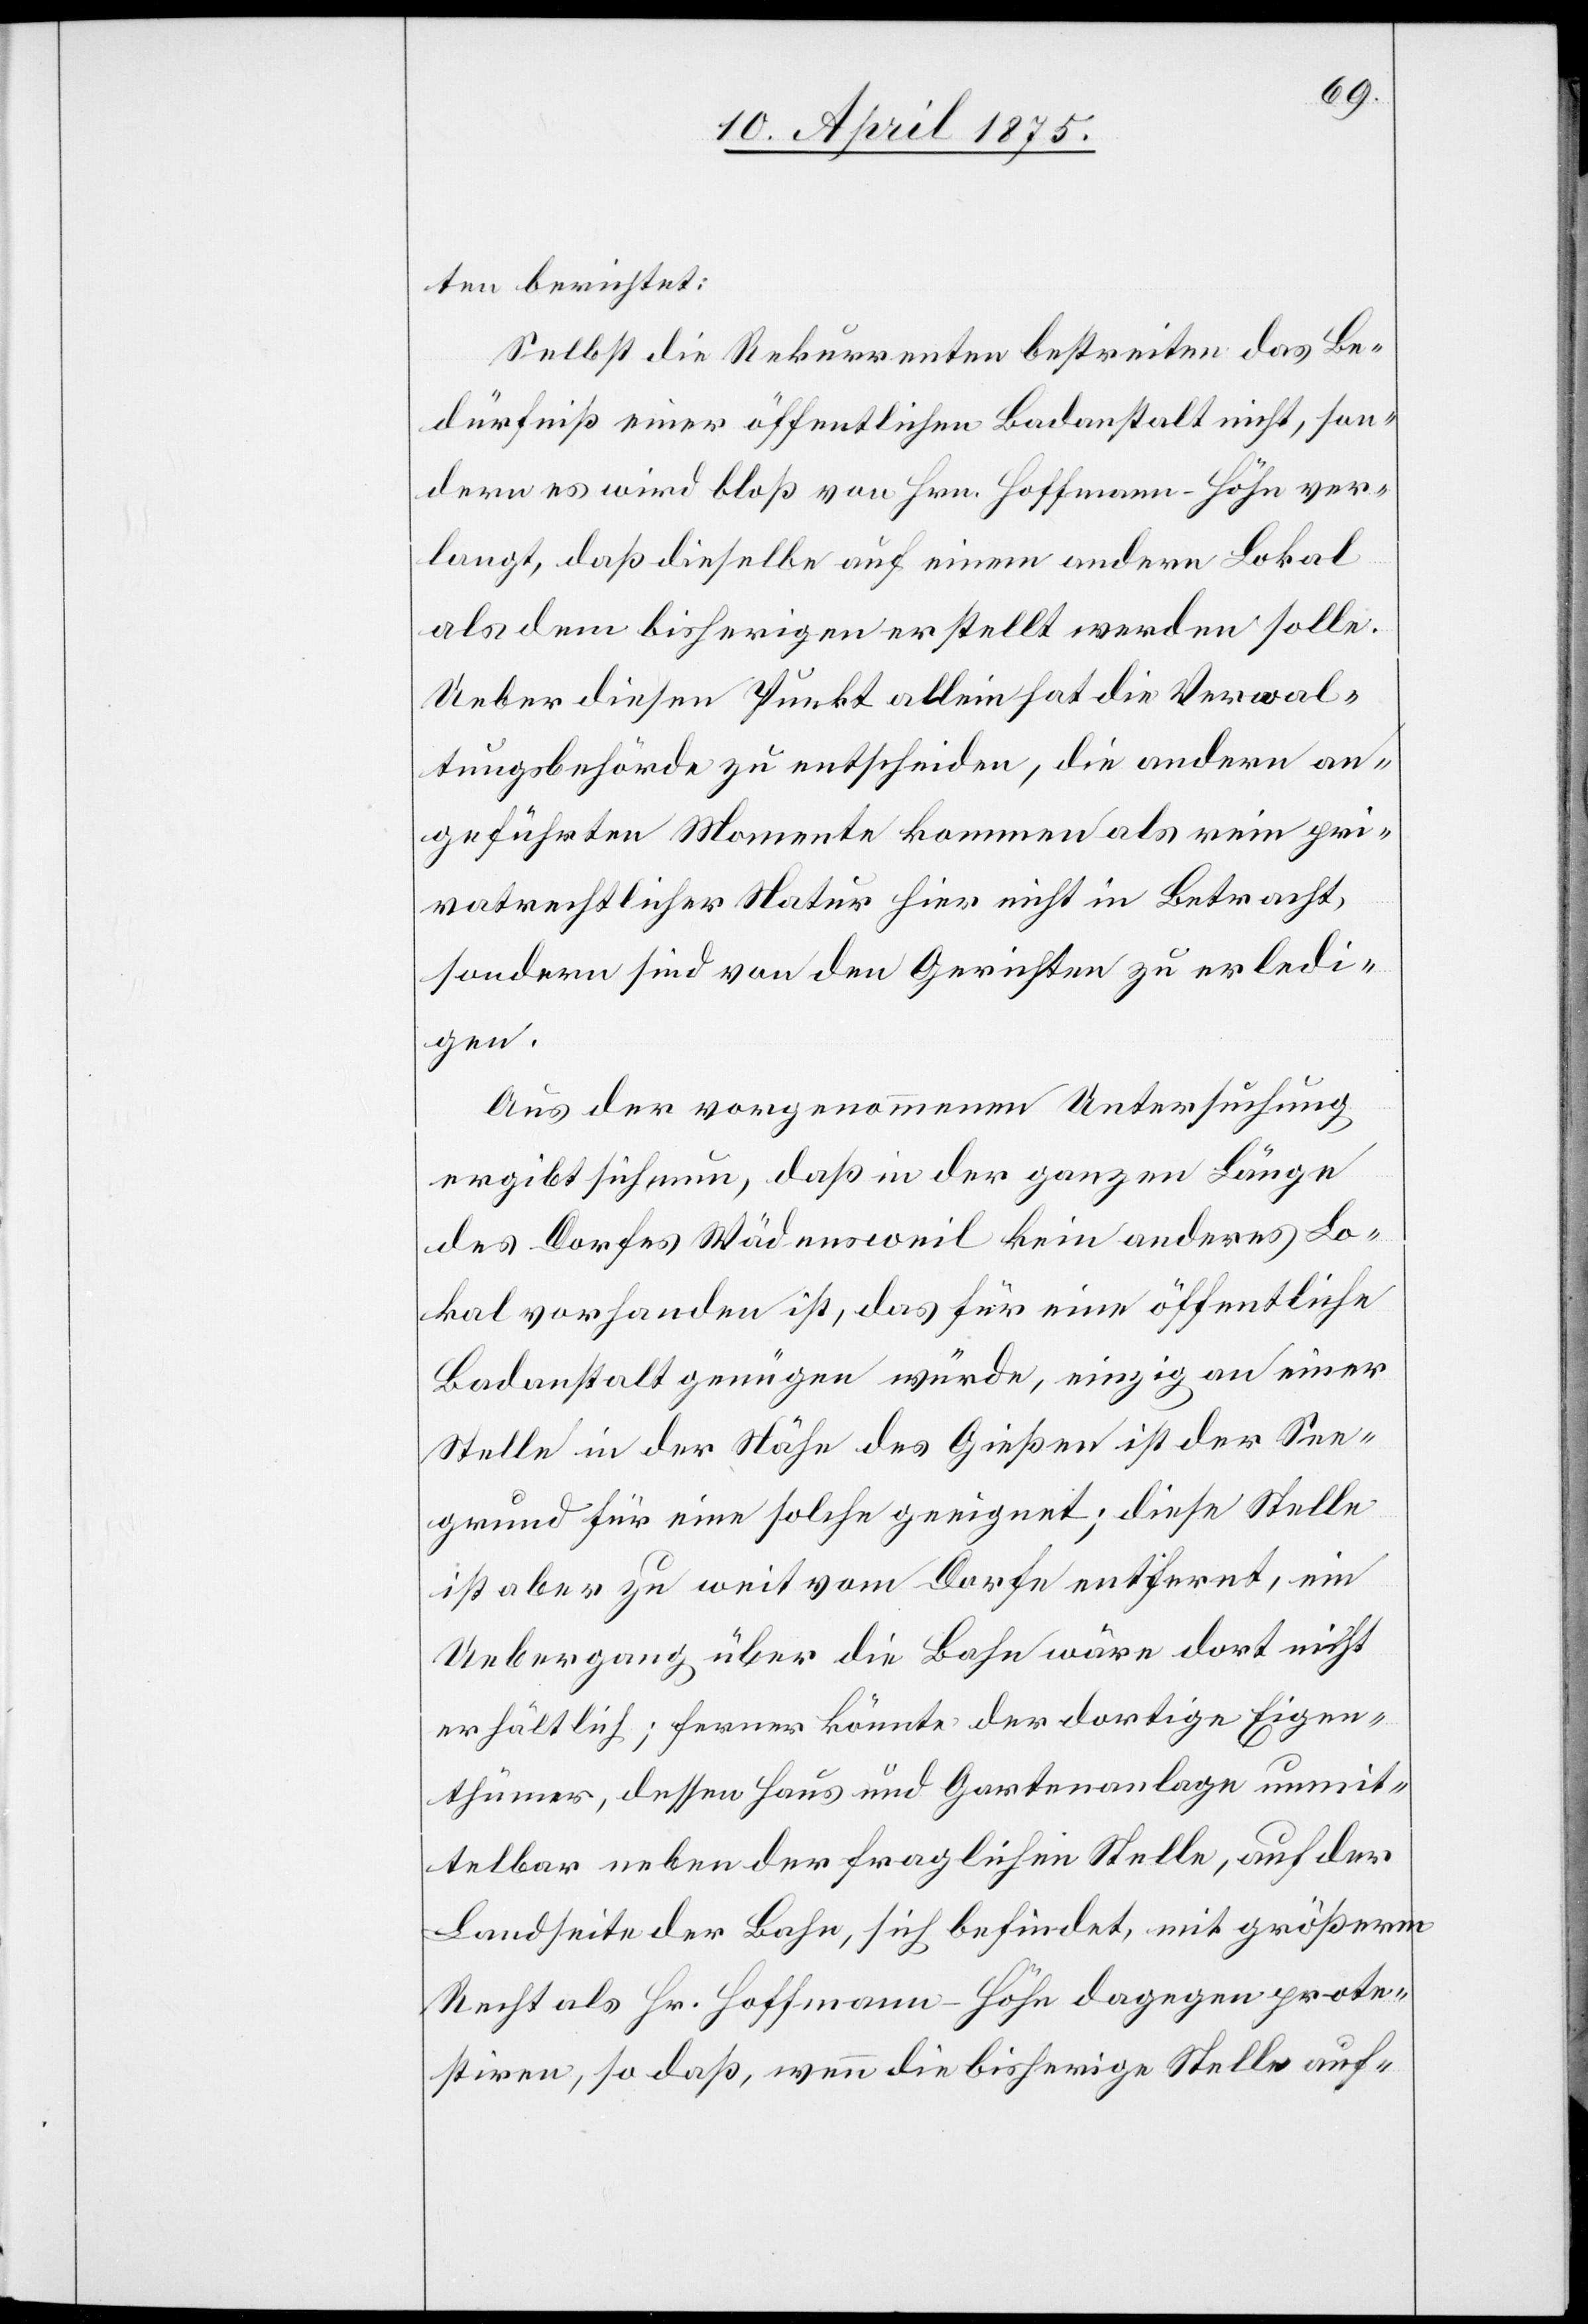
ten berichtet:
Selbst Rekurrenten bestreiten das Be¬
dürfniß einer öffentlichen Badeanstalt nicht, son¬
dern es wird bloß von Hrn. Hoffmann-Höhn ver¬
langt, daß dieselbe auf einem andern Lokal
als dem bisherigen erstellt werden solle.
Ueber diesen Punkt allein hat die Verwal¬
tungsbehörde zu entscheiden, die andern an¬
geführten Momente kommen als rein pri¬
vatrechtlicher Natur hier nicht in Betracht,
sondern sind von den Gerichten zu erledi¬
gen.
Aus der vorgenommenen Untersuchung
ergibt sich nun, daß in der ganzen Länge
des Dorfes Wädensweil kein anderes Lo¬
kal vorhanden ist, daß für eine öffentliche
Badeanstalt genügen würde, einzig an einer
Stelle in der Nähe des Gießen ist der See¬
grund für eine solche geeignet; diese Stelle
ist aber zu weit vom Dorfe entfernt, ein
Uebergang über die Bahn wäre dort nicht
erhältlich; ferner könnte der dortige Eigen¬
thümer, dessen Haus und Gartenanlage unmit¬
telbar neben der fraglichen Stelle, auf der
Landseite der Bahn, sich befindet, mit größerm
Recht als Hr. Hoffmann-Höhn dagegen prote¬
stiren, so daß, wenn die bisherige Stelle auf-